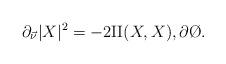
LaTeX: \begin{align*}\partial_{\vec \nu} |X|^{2} &= -2\mathrm{II}(X,X),\partial \O.\end{align*}